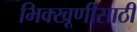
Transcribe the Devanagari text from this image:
भिक्खूणींसाठी